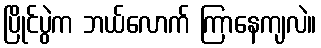
ပြိုင်ပွဲက ဘယ်လောက် ကြာနေကျလဲ။